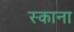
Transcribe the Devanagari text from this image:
स्काना